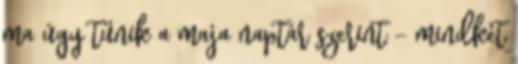
ma úgy tűnik a maja naptár szerint - mindkét